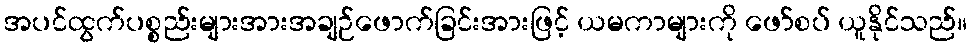
အပင်ထွက်ပစ္စည်းများအားအချဉ်ဖောက်ခြင်းအားဖြင့် ယမကာများကို ဖော်စပ် ယူနိုင်သည်။